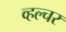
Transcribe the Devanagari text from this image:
व्हल्चर